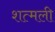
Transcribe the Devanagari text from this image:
शत्मली